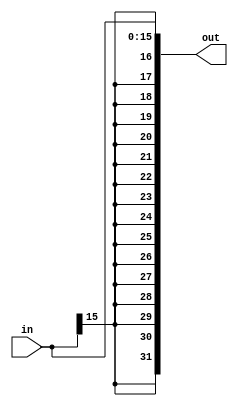
module sign_ext(input[15:0]in,output[31:0]out);
assign out={{16{in[15]}},in};
endmodule